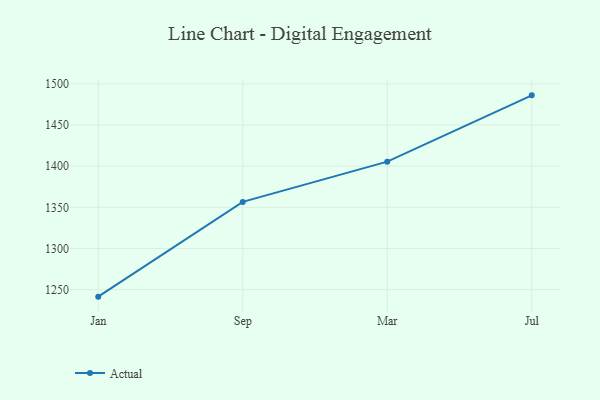
{"axis": {"x": "Month", "y": "Operating Costs (USD K)"}, "legend": ["Actual"], "data": [{"x": "Jan", "y": 1241.5, "type": "Actual"}, {"x": "Sep", "y": 1356.6, "type": "Actual"}, {"x": "Mar", "y": 1405.5, "type": "Actual"}, {"x": "Jul", "y": 1486.0, "type": "Actual"}]}